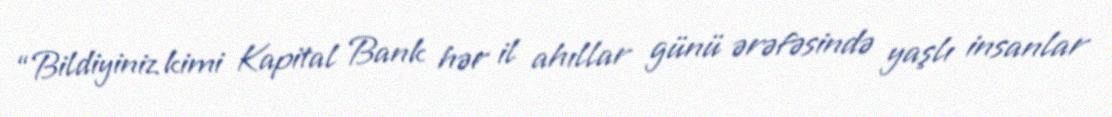
“Bildiyiniz kimi Kapital Bank hər il ahıllar günü ərəfəsində yaşlı insanlar